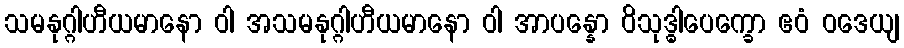
သမနုဂ္ဂါဟီယမာနော ဝါ အသမနုဂ္ဂါဟီယမာနော ဝါ အာပန္နော ဝိသုဒ္ဓါပေက္ခော ဧဝံ ဝဒေယျ